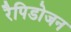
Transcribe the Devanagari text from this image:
रैपिडोजन